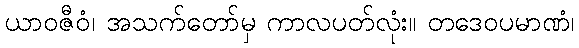
ယာဝဇီဝံ၊ အသက်တော်မှ ကာလပတ်လုံး။ တဒေဝပမာဏံ၊